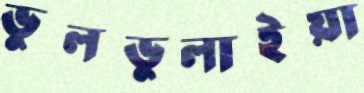
ভুলভুলাইয়া